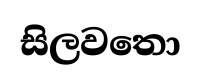
සිලවතො